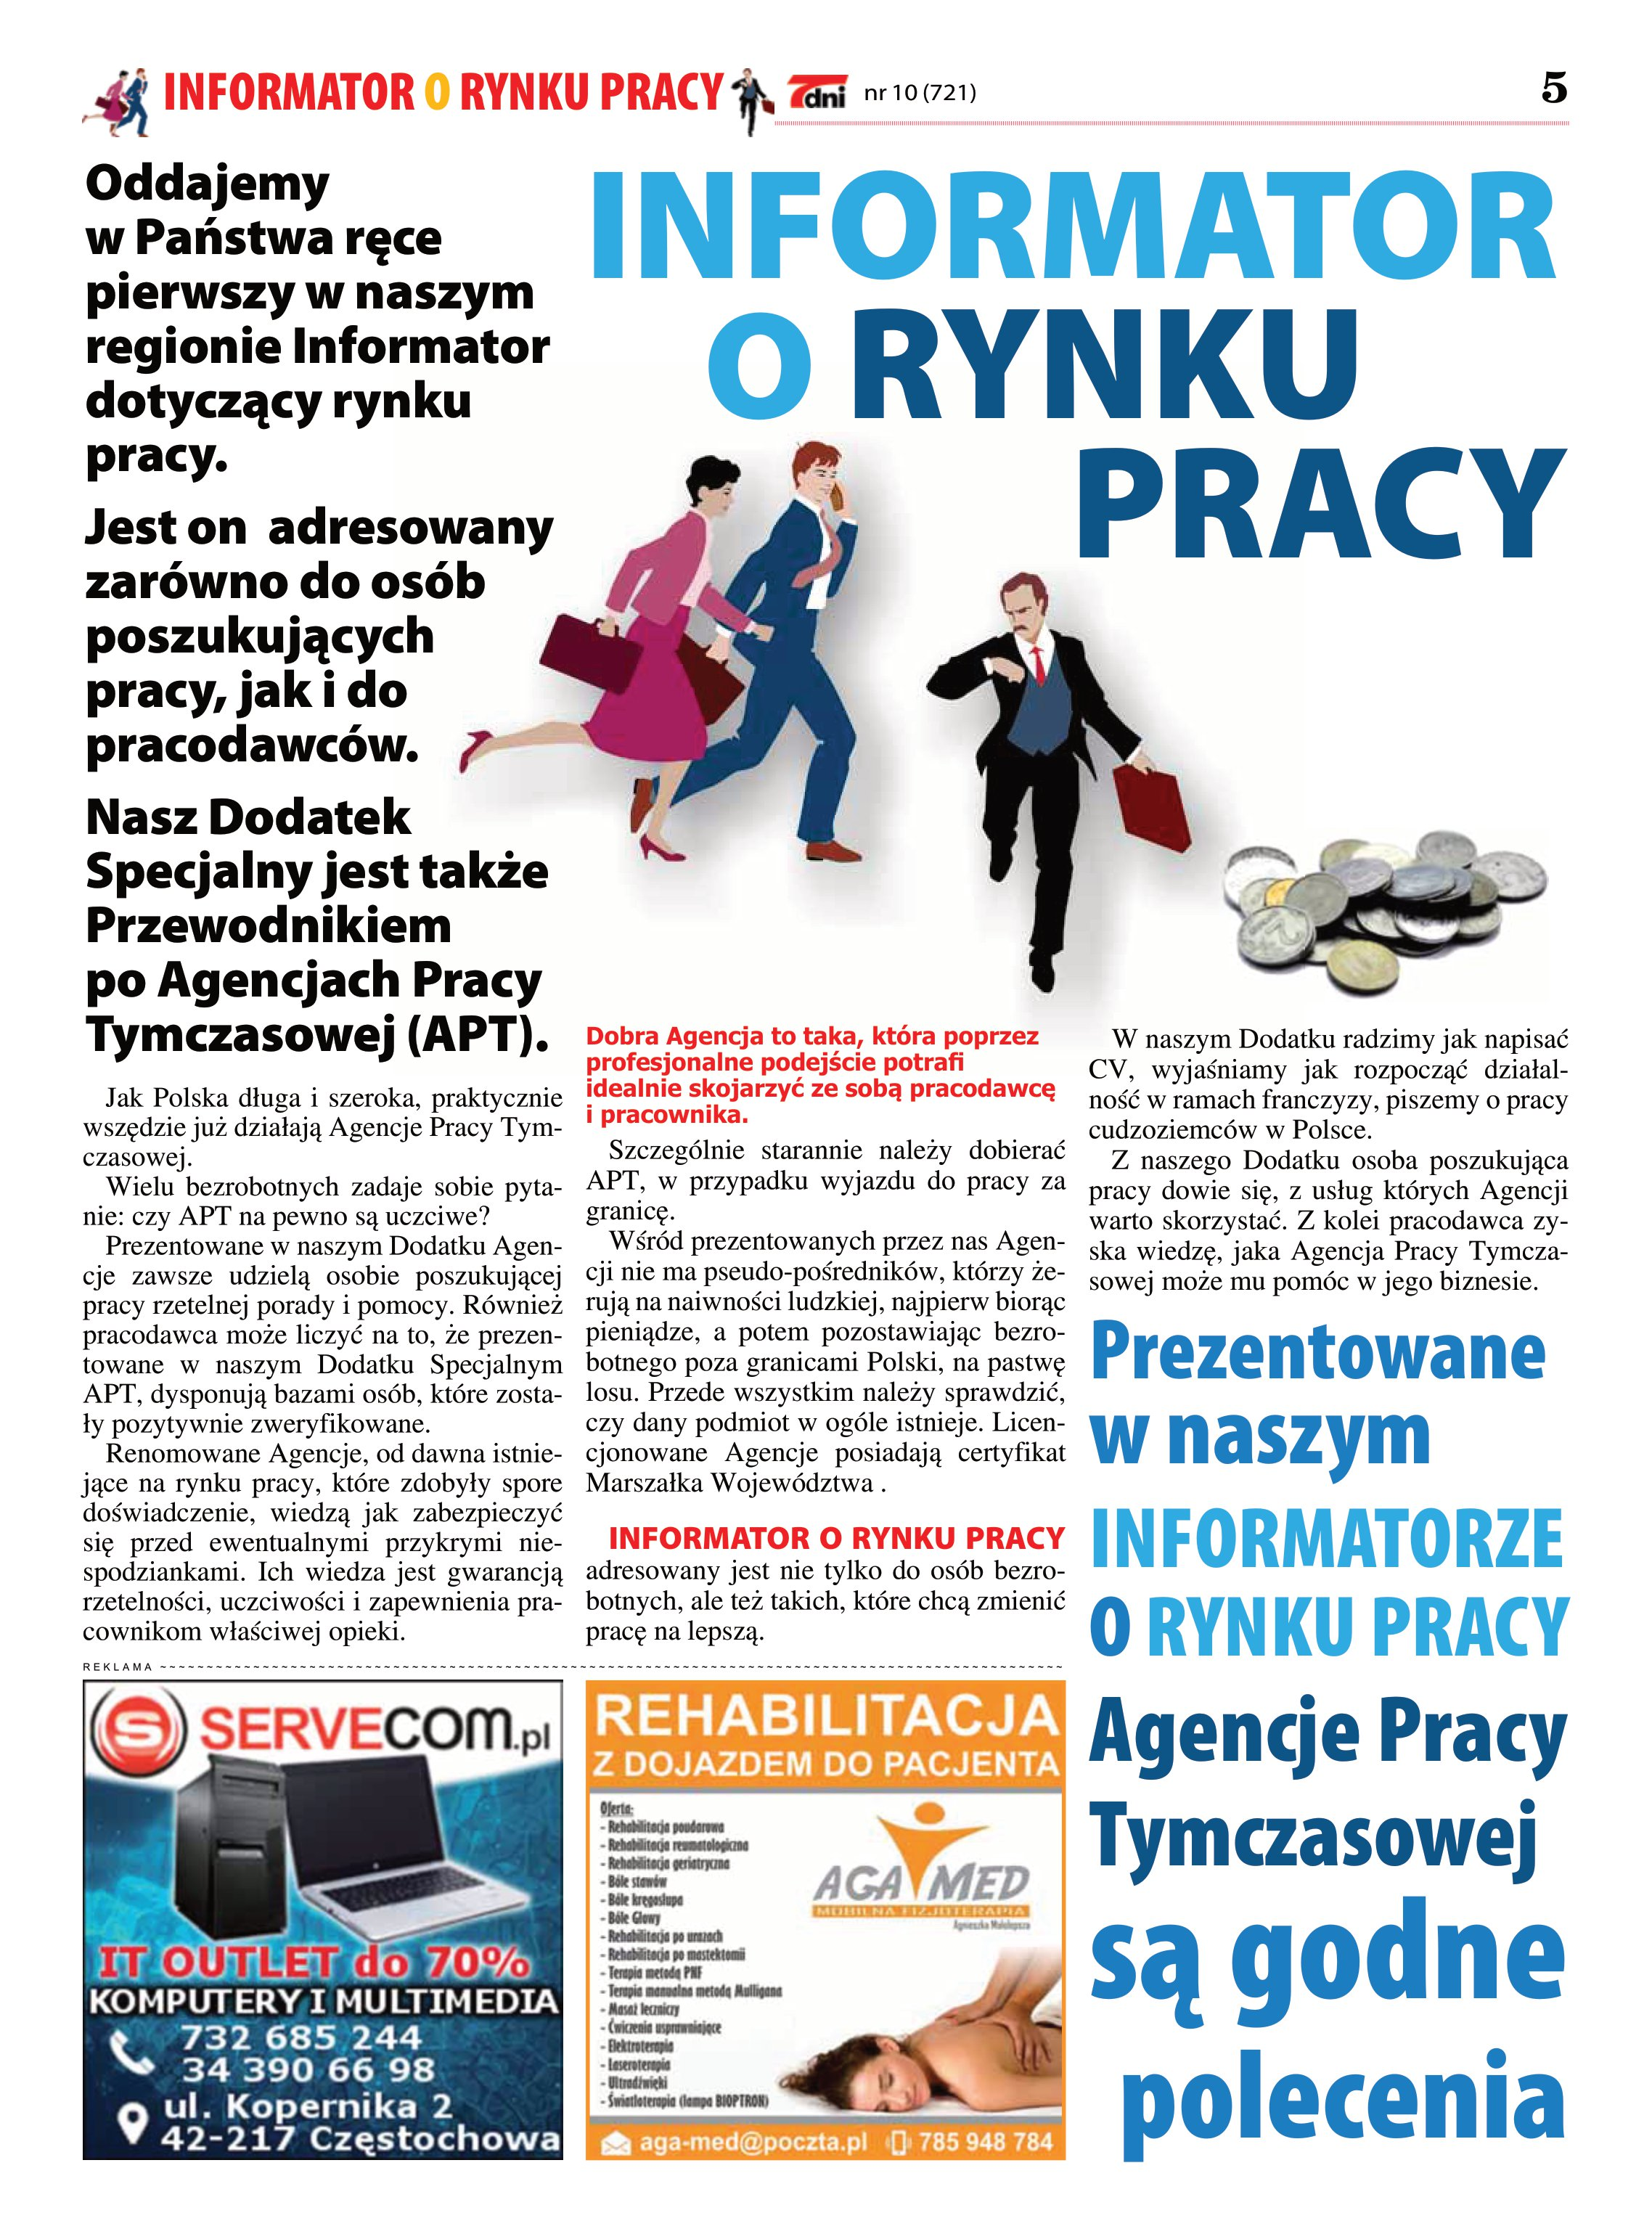
Language: pl